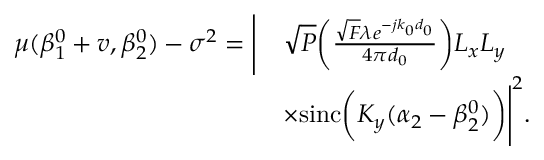
\begin{array} { r l } { \mu ( \beta _ { 1 } ^ { 0 } + v , \beta _ { 2 } ^ { 0 } ) - \sigma ^ { 2 } = \Bigg | } & { \sqrt { P } \bigg ( \frac { \sqrt { F } \lambda e ^ { - j k _ { 0 } d _ { 0 } } } { 4 \pi d _ { 0 } } \bigg ) L _ { x } L _ { y } } \\ & { \times \mathrm { s i n c } \bigg ( K _ { y } ( \alpha _ { 2 } - \beta _ { 2 } ^ { 0 } ) \bigg ) \Bigg | ^ { 2 } . } \end{array}